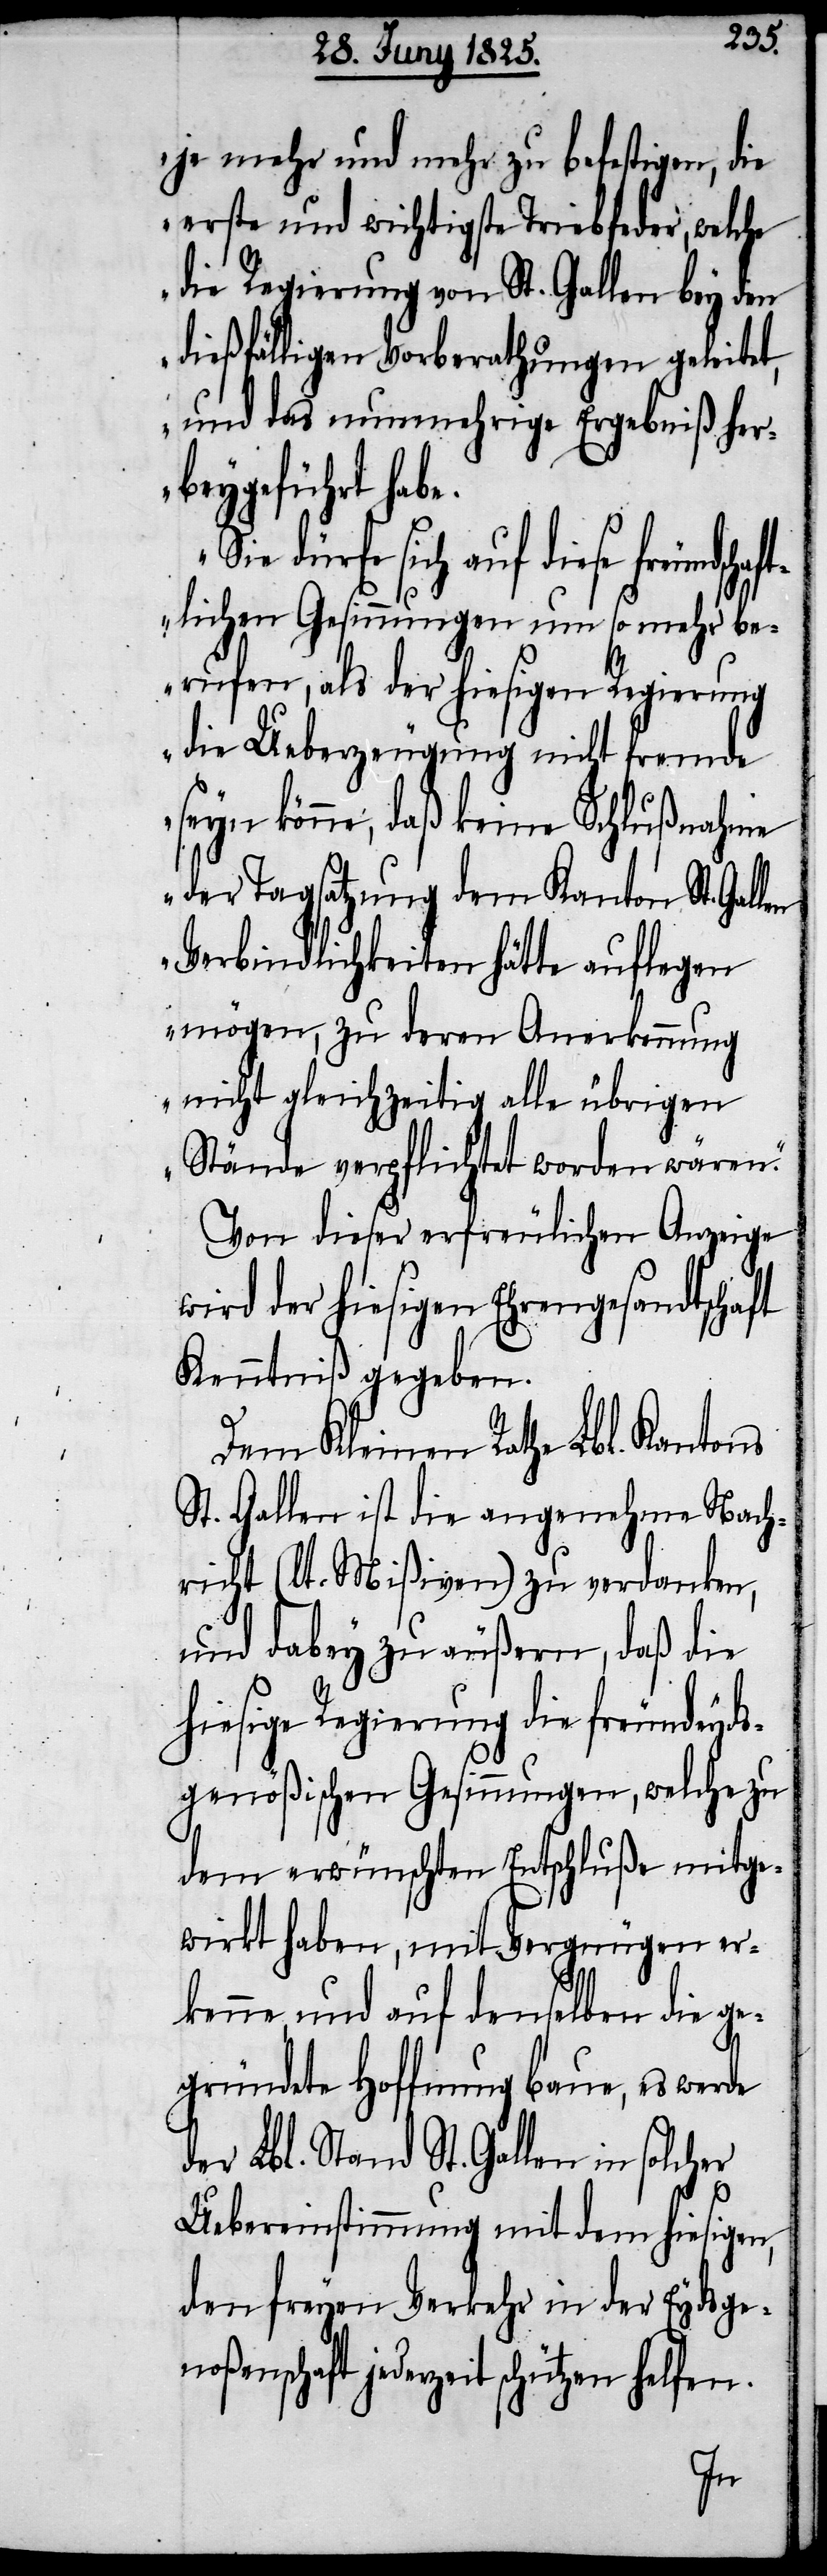
je mehr und mehr zu befestigen, die
erste und wichtigste Triebfeder, welche
die Regierung von St. Gallen bey den
dießfälligen Vorberathungen geleitet,
und das nunmehrige Ergebniß her¬
beygeführt habe.
diese freundschaf¬
tlichen Gesinnungen um so mehr be¬
rufen, als der hiesigen Regierung
die Ueberzeugung nicht fremde
seyn könne, daß keine Schlußnahme
der Tagsatzung dem Kanton St. Gal¬
Verbindlichkeiten hätte auflegen
mögen, zu deren Anerkennung
nicht gleichzeitig alle übrigen
Stände verpflichtet worden wären.“
Von dieser erfreulichen Anzeige
wird der hiesigen Ehrengesandtschaft
Kenntniß gegeben.
Dem Kleinen Rathe Lbl. Kantons
St. Gallen ist die angenehme Nach¬
richt (lt. Mißiven) zu verdanken,
und dabey zu äußern, daß die
hiesige Regierung die freundeyds¬
genößischen Gesinnungen, welche zu
dem erwünschten Entschluße mitge¬
wirkt haben, mit Vergnügen er¬
kenne und auf denselben die ge¬
gründete Hoffnung baue, es
der Lbl. Stand St. Gallen in
Uebereinstimmung mit dem hiesigen,
den freyen Verkehr in der Eydsge¬
noßenschaft jederzeit schützen
len